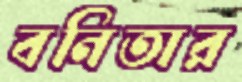
বনিতার